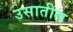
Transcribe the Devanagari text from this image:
उसातील